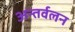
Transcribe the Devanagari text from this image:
अन्तर्वलन